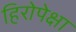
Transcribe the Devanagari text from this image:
हिरोपेक्षा